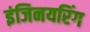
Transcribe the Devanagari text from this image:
इंजिनयरिंग